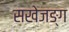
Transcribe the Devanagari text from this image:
सखेजङ्ग